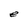
Character: e